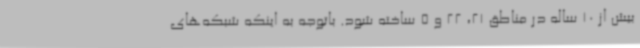
بیش از 10 ساله در مناطق 21، 22 و 5 ساخته شود. باتوجه به اینکه شبکه‌های